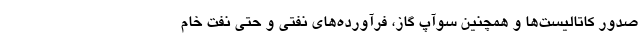
صدور کاتالیست‌ها و همچنین سوآپ گاز، فرآورده‌های نفتی و حتی نفت خام